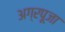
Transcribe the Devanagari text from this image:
अग्रपूजा